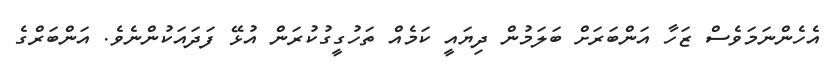
އެހެންނަމަވެސް ޒަހާ އަންބަރަށް ބަލަމުން ދިޔައީ ކަމެއް ތަހުގީގުކުރަން އުޅޭ ފަދައަކުންނެވެ. އަންބަރްގެ